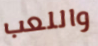
واللعب